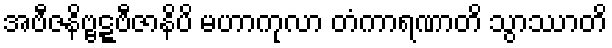
အဗီဇနိဗ္ဗဋ္ဋဗီဇာနိပိ မဟာကုလာ တံကာရဏာတိ သွာဿာတိ